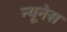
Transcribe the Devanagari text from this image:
न्यूनेस